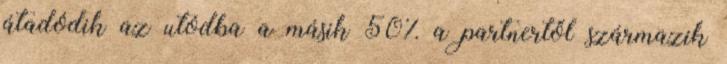
átadódik az utódba a másik 50% a partnertől származik